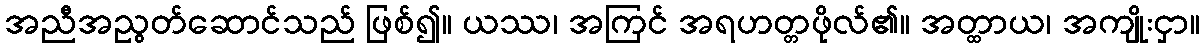
အညီအညွတ်ဆောင်သည် ဖြစ်၍။ ယဿ၊ အကြင် အရဟတ္တဖိုလ်၏။ အတ္ထာယ၊ အကျိုးငှာ။